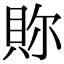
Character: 𧵉